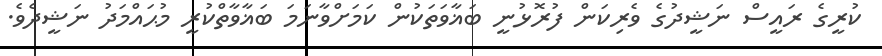
ކުރީގެ ރައީސް ނަޝީދުގެ ވެރިކަން ފުރޮޅުނީ ބަޣާވަތަކުން ކަމަށްވާނަމަ ބަޣާވާތްކުރީ މުޙައްމަދު ނަޝީދެވެ.